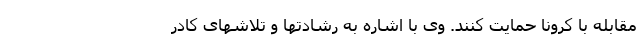
مقابله با کرونا حمایت کنند. وی با اشاره به رشادتها و تلاشهای کادر